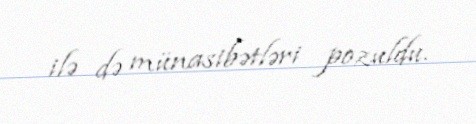
ilə də münasibətləri pozuldu.